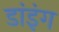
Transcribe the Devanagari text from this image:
डांइंग